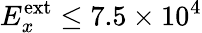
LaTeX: E_{x}^{\textrm{ext}}\leq 7.5\times 10^{4}